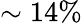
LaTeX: \sim 14\%